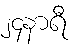
၂၄နာရီ